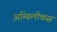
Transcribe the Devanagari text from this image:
अम्बिलीकस